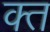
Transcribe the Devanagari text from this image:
क्‍त